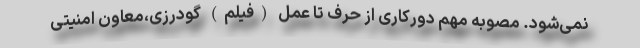
نمی‌شود. مصوبه مهم دورکاری از حرف تا عمل (فیلم) گودرزی،معاون امنیتی